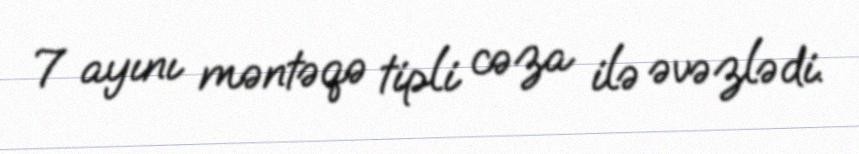
7 ayını məntəqə tipli cəza ilə əvəzlədi.